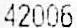
42006